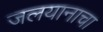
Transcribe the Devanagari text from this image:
जलयानाचा